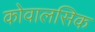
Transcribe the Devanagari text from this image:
कोवालसिक